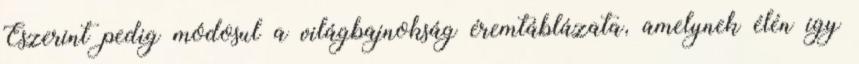
Eszerint pedig módosul a világbajnokság éremtáblázata, amelynek élén így